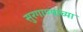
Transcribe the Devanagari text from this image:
सुरगाण्याच्या